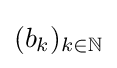
(b_{k})_{k\in \mathbb {N} }